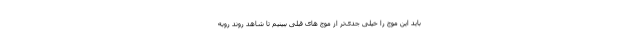
باید این موج را خیلی جدی‌تر از موج های قبلی ببینیم تا شاهد روند روبه